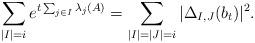
LaTeX: \begin{align*} \sum_{|I|=i} e^{t \sum_{j\in I}\lambda_j(A)} = \sum_{|I|=|J|=i}|\Delta_{I,J}(b_t)|^2.\end{align*}